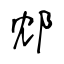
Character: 邥